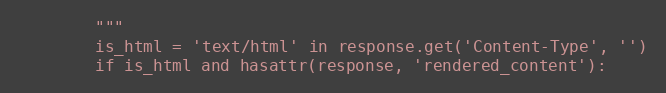
Language: Python
        """
        is_html = 'text/html' in response.get('Content-Type', '')
        if is_html and hasattr(response, 'rendered_content'):